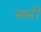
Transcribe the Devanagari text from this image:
नाभीं